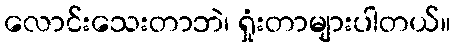
လောင်းသေးတာဘဲ၊ ရှုံးတာများပါတယ်။